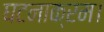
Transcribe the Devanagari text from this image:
घटनाक्रम।